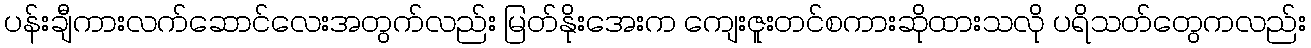
ပန်းချီကားလက်ဆောင်လေးအတွက်လည်း မြတ်နိုးအေးက ကျေးဇူးတင်စကားဆိုထားသလို ပရိသတ်တွေကလည်း